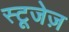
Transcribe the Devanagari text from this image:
स्टूजेज़